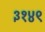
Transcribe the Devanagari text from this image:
३१४९